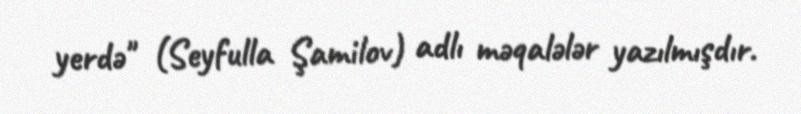
yerdə" (Seyfulla Şamilov) adlı məqalələr yazılmışdır.